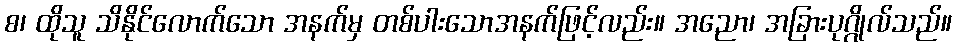
စ၊ ထိုသူ သိနိုင်လောက်သော အနက်မှ တစ်ပါးသောအနက်ဖြင့်လည်း။ အညော၊ အခြားပုဂ္ဂိုလ်သည်။